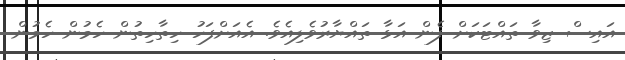
އައިސް ޒިވާ ތައްޓަކަށް ފެން އަޅާ ތައްޔާރުވެލިއެވެ. އެއަށްފަހު ހިތާހިތުން ހެމުން ހެމުން